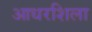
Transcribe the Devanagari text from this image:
आधरशिला